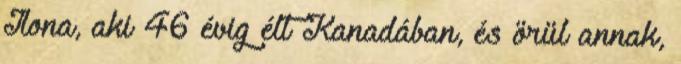
Ilona, aki 46 évig élt Kanadában, és örül annak,